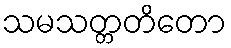
သမသတ္တတိတော